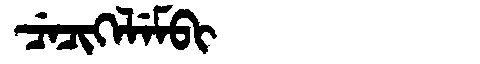
Manchu: ᠴᡝᠴᡳᡴᡝᠯᡝᠮᠪᡳ
Romanization: CECIKELEMBI